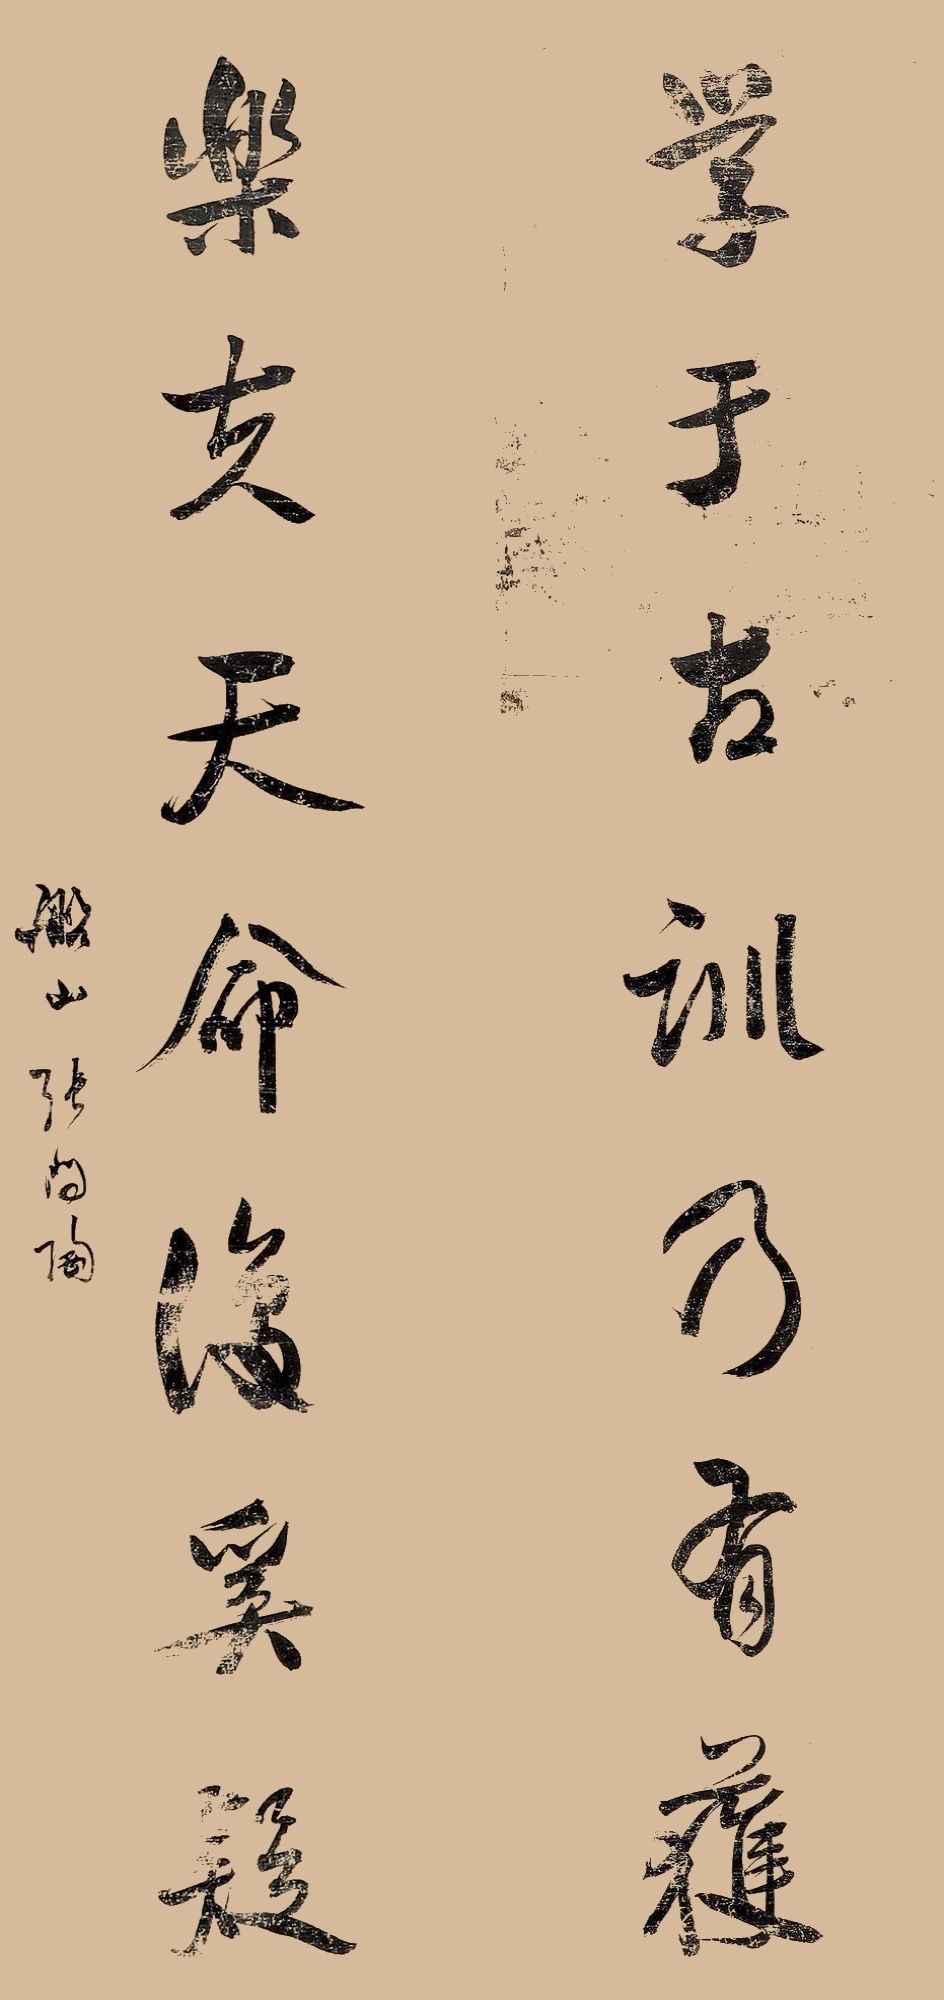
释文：学于古训乃有获，乐夫天命奚复疑。船山张问陶。